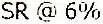
SR @ 6%